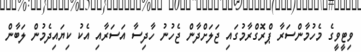
ވިޓީވީގެ މެހުމާންސަރާ ޕްރޮގްރާމުގައި ޖަލަށްދާން ޖެހުނު ހާދިސާ އަސަރާއި އެކު ކިޔައިދެމުން ލަބާން